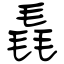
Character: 毳